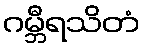
ဂမ္ဘီရသိတံ